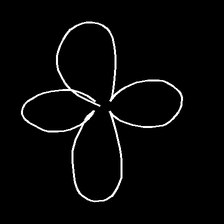
Glyph: billowing